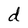
Character: d